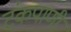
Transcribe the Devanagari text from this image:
टंकपाणी